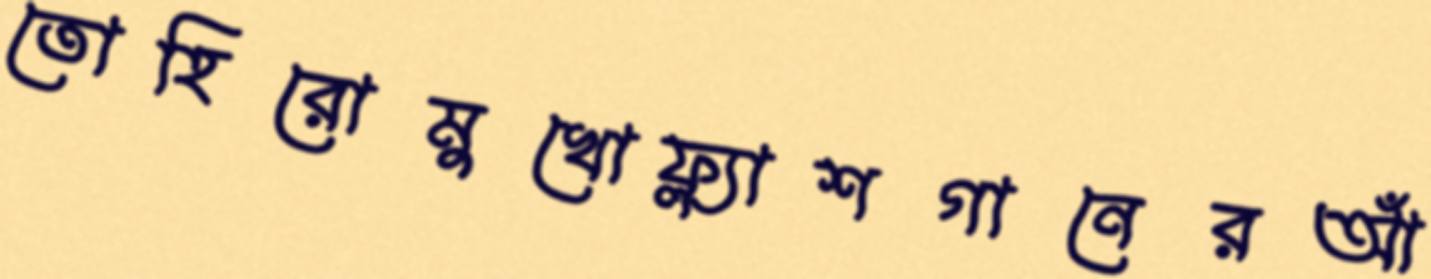
তোহিরোমুখোফ্ল্যাশগানেরআঁ